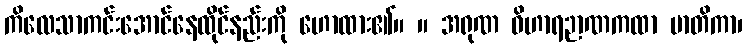
ကိလေသာကင်းအောင်နေထိုင်နည်းကို ဟောထား၏။ ။ အရုဏ ဝိဟာရဉာဏကထာ မာတိကာ၊